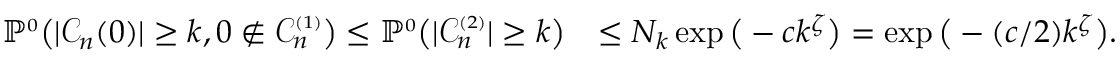
\begin{array} { r l } { \mathbb { P } ^ { \scriptscriptstyle 0 } \big ( | { \mathcal C } _ { n } ( 0 ) | \ge k , 0 \notin { \mathcal C } _ { n } ^ { \scriptscriptstyle ( 1 ) } \big ) \le \mathbb { P } ^ { \scriptscriptstyle 0 } \big ( | { \mathcal C } _ { n } ^ { \scriptscriptstyle ( 2 ) } | \ge k \big ) } & { \le N _ { k } \exp \big ( - c k ^ { \zeta } \big ) = \exp \big ( - ( c / 2 ) k ^ { \zeta } \big ) . } \end{array}